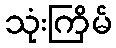
သုံးကြိမ်